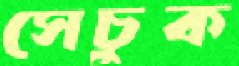
সেচুক